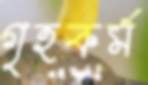
গৃহকর্ম